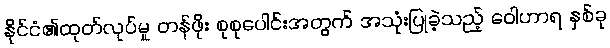
နိုင်ငံ၏ထုတ်လုပ်မှု တန်ဖိုး စုစုပေါင်းအတွက် အသုံးပြုခဲ့သည့် ဝေါဟာရ နှစ်ခု